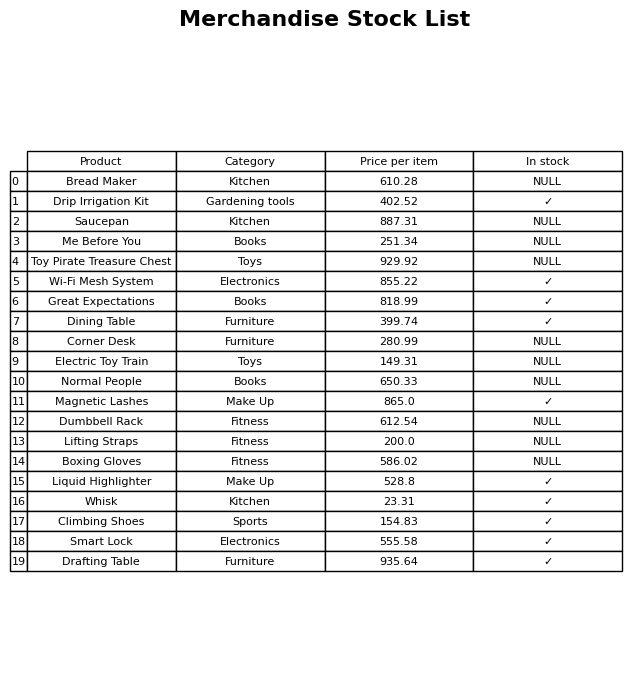
question: Is the Magnetic Lashes in stock?
answer: ✓